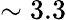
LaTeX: \sim 3.3